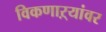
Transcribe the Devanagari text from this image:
विकणाऱ्यांवर